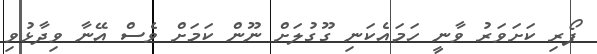
ފޯރި ކަށަވަރު ވާނީ ހަމައެކަނި ގޫގުލަށް ނޫން ކަމަށް ވެސް އޭނާ ވިދާޅުވި